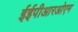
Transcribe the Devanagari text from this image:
ईईपीआरओएम